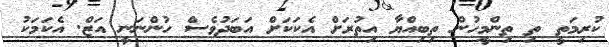
ކުރިމަތީ ތި ތިންމީހުން ތިބިއްޔާ އިތުރަށް އެކަކަށް އަބަދުވެސް ހުންނަނީ އަޒް. އެކަމަކު